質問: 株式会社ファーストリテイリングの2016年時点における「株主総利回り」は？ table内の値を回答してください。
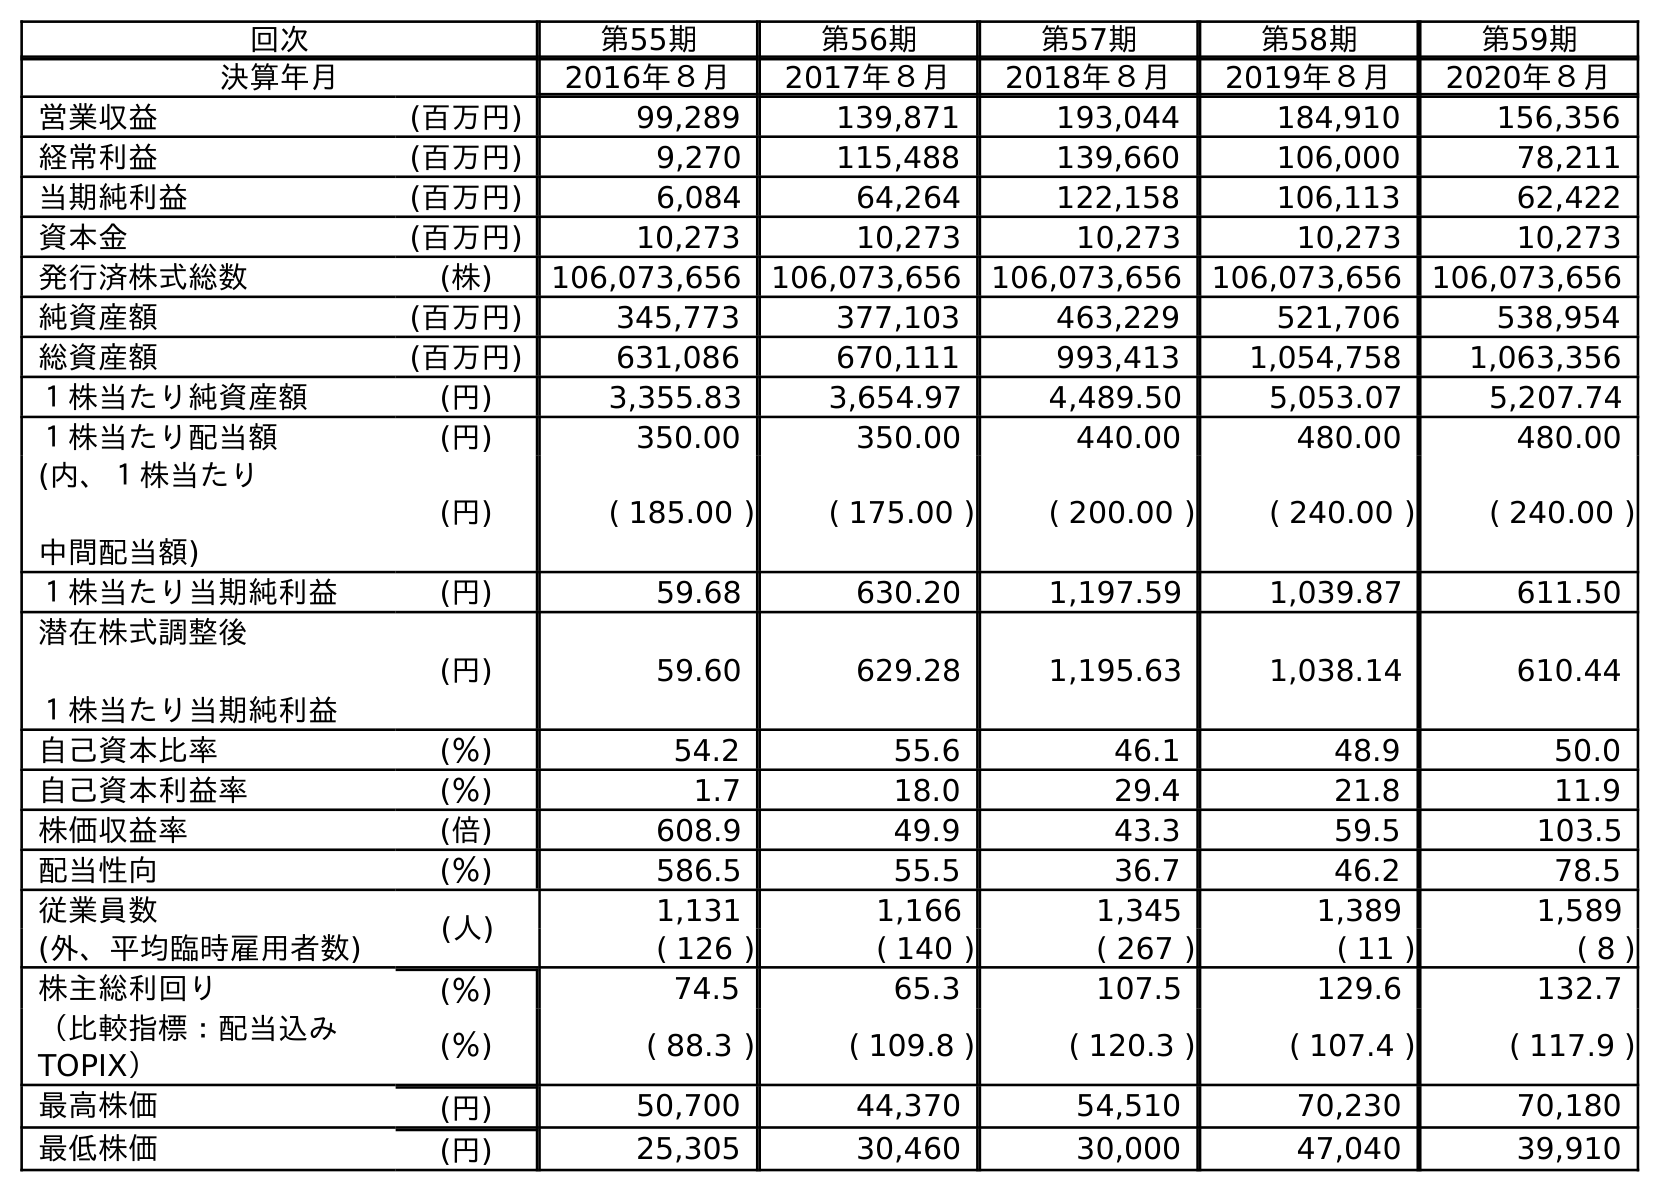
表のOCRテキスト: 回次 第55期 第56期 第57期 第58期 第59期 決算年月 2016年８月 2017年８月 2018年８月 2019年８月 2020年８月 営業収益 (百万円) 99,289 139,871 193,044 184,910 156,356 経常利益 (百万円) 9,270 115,488 139,660 106,000 78,211 当期純利益 (百万円) 6,084 64,264 122,158 106,113 62,422 資本金 (百万円) 10,273 10,273 10,273 10,273 10,273 発行済株式総数 (株) 106,073,656 106,073,656 106,073,656 106,073,656 106,073,656 純資産額 (百万円) 345,773 377,103 463,229 521,706 538,954 総資産額 (百万円) 631,086 670,111 993,413 1,054,758 1,063,356 １株当たり純資産額 (円) 3,355.83 3,654.97 4,489.50 5,053.07 5,207.74 １株当たり配当額 (円) 350.00 350.00 440.00 480.00 480.00 (内、１株当たり 中間配当額) (円) ( 185.00 ) ( 175.00 ) ( 200.00 ) ( 240.00 ) ( 240.00 ) １株当たり当期純利益 (円) 59.68 630.20 1,197.59 1,039.87 611.50 潜在株式調整後 １株当たり当期純利益 (円) 59.60 629.28 1,195.63 1,038.14 610.44 自己資本比率 (％) 54.2 55.6 46.1 48.9 50.0 自己資本利益率 (％) 1.7 18.0 29.4 21.8 11.9 株価収益率 (倍) 608.9 49.9 43.3 59.5 103.5 配当性向 (％) 586.5 55.5 36.7 46.2 78.5 従業員数 (人) 1,131 1,166 1,345 1,389 1,589 (外、平均臨時雇用者数) ( 126 ) ( 140 ) ( 267 ) ( 11 ) ( 8 ) 株主総利回り (％) 74.5 65.3 107.5 129.6 132.7 （比較指標：配当込み TOPIX） (％) ( 88.3 ) ( 109.8 ) ( 120.3 ) ( 107.4 ) ( 117.9 ) 最高株価 (円) 50,700 44,370 54,510 70,230 70,180 最低株価 (円) 25,305 30,460 30,000 47,040 39,910
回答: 74.5